Civil Veterinary Department Bihar reports 1936-40 - 1936-1940
Year: 1936
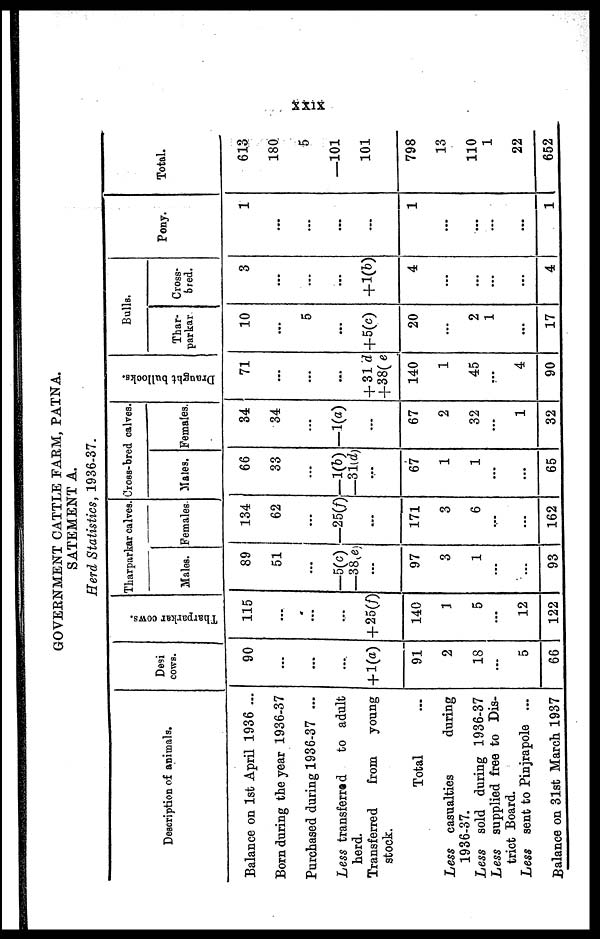
XXIX
GOVERNMENT CATTLE FARM, PATNA.
SATEMENT A.
Herd Statistics, 1936-37.
Description of animals.
Balance on 1st April 1936 ...
Born during the year 1936-37
Purchased during 1936-37 ...
Less transferred
to adult
herd.
Transferred
from
young
stock.
Total …
Less casualties
during
1936-37.
Less sold during 1936-37
Less supplied free to Dis-
trict Board.
Less sent to Pinjrapole ...
Balance on 31st March 1937
Desi
COWS.
90
...
...
...
+ l(a)
91
2
18
...
5
66
Tharparkar cows.
115
...
...
...
+ 25(f)
140
1
5
...
12
122
Tharpark
ar calves.
Males.
89
51
...
-5(c)
—38(e)
...
97
3
1
...
...
93
Females
134
62
…
—25(f)
...
171
3
6
...
...
162
Cross-bre
d calves.
Males.
66
33
...
—1(b)
—31(d)
…
67
1
1
...
...
65
Females.
34
34
...
—101
...
67
2
32
...
1
32
Draught bullocks.
71
...
...
...
+ 31d
+38(e
140
1
45
...
4
90
Bulls.
Thar-
parkar
10
...
5
…
+5(c)
20
…
2
1
...
17
Cross-
bred.
3
...
...
…
+1(b)
4
…
...
...
...
4
Pony.
1
...
...
…
...
1
…
…
…
...
1
Total.
613
180
5
—101
101
798
13
110
1
22
652